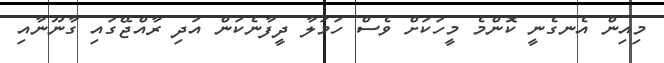
މިއިން އެނގެނީ ކޮންމެ މީހަކަށް ވެސް ހަމަލާ ދީފާނެކަން އަދި ރާއްޖޭގައި ގާނޫނާއި